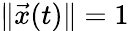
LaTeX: \| \vec{x}(t)\| =1